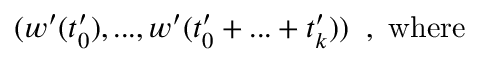
( w ^ { \prime } ( t _ { 0 } ^ { \prime } ) , . . . , w ^ { \prime } ( t _ { 0 } ^ { \prime } + . . . + t _ { k } ^ { \prime } ) ) \; \; , \mathrm { ~ w h e r e }